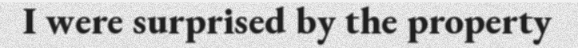
I were surprised by the property